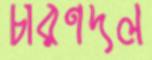
চারণদল